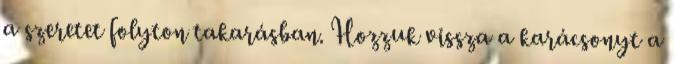
a szeretet folyton takarásban. Hozzuk vissza a karácsonyt a